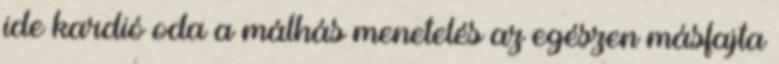
ide kardió oda a málhás menetelés az egészen másfajta